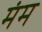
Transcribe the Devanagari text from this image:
मंम